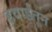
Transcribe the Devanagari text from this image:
हवाईतून